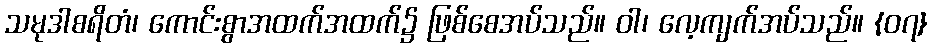
သမုဒါစရိတံ၊ ကောင်းစွာအထက်အထက်၌ ဖြစ်စေအပ်သည်။ ဝါ၊ လေ့ကျက်အပ်သည်။ {၀၇}